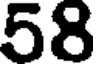
58